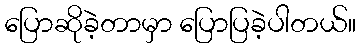
ပြောဆိုခဲ့တာမှာ ပြောပြခဲ့ပါတယ်။